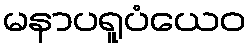
မနာပရူပံယေဝ